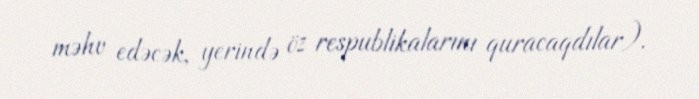
məhv edəcək, yerində öz respublikalarını quracaqdılar).